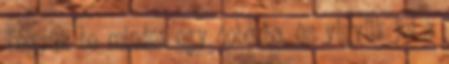
Tegyük be mindet egy dobozba, és vigyük fel a